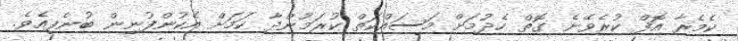
ކެމެރާ އޮފް ކުރެވޭނެ ގޮތް ހެދުމަށް މަސައްކަތް ކުރަމުންދާ ކަމަށް އެކުންފުނިން ބުނެފިއެވެ.